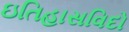
ઇતિહાસવિદો